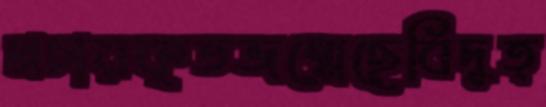
প্রচারকৃতজন্মেছেবিদুত্